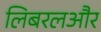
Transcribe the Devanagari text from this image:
लिबरलऔर